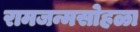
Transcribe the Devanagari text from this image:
रामजन्मसोहळा